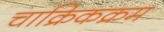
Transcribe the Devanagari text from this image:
चाक्रिकक्रम